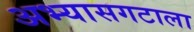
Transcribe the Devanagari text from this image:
अभ्यासगटाला